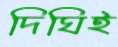
দিঘিই